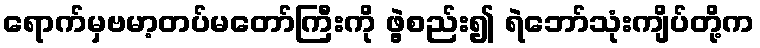
ရောက်မှဗမာ့တပ်မတော်ကြီးကို ဖွဲ့စည်း၍ ရဲဘော်သုံးကျိပ်တို့က